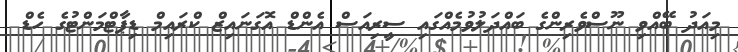
މިއަދު ބޭއްވި ނޫސްވެރިންގެ ބައްދަލުވުމެއްގައި ސީރިއަސް އެންޑް އޮގަނައިޒް ކްރައިމް ޑިޕާޓްމަންޓުގެ ހެޑް